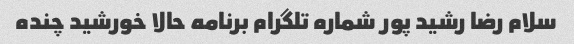
سلام رضا رشید پور شماره تلگرام برنامه حالا خورشید چنده